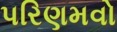
પરિણમવો